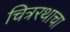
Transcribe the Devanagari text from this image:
चित्ररथाचा